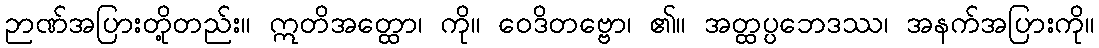
ဉာဏ်အပြားတို့တည်း။ ဣတိအတ္ထော၊ ကို။ ဝေဒိတဗ္ဗော၊ ၏။ အတ္ထပ္ပဘေဒဿ၊ အနက်အပြားကို။